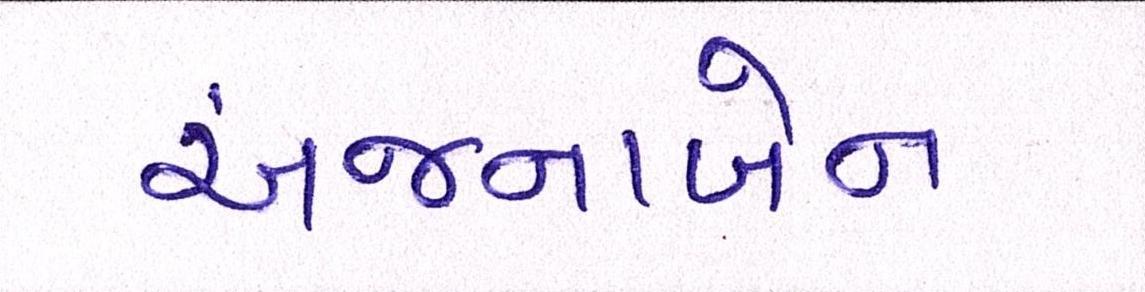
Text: અંજનાબેન